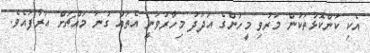
އެކި ކަންކޮޅުތަކުން މަރުވި މީހުންގެ އަދަދު މިހާރުވަނީ އެތައް ގުނަ މައްޗަށް އަރާފައެވެ.